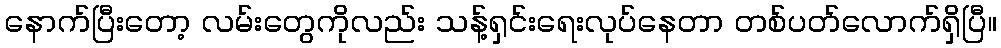
နောက်ပြီးတော့ လမ်းတွေကိုလည်း သန့်ရှင်းရေးလုပ်နေတာ တစ်ပတ်လောက်ရှိပြီ။